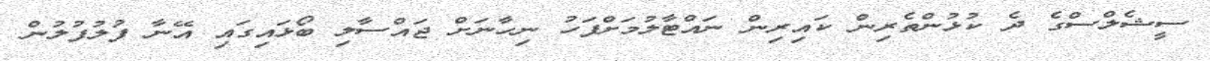
ސީޝެލްސްގެ ދެ ކުޅުންތެރިން ކައިރިން ނައްޓާލުމަށްފަހު ނިހާނަށް ޖައްސާލި ބޯޅައިގައި އޭނާ ފުުލުފުލުން